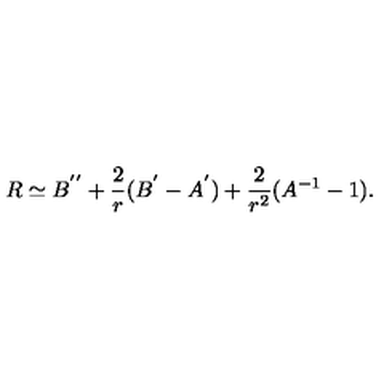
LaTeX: R \simeq B ^ { ' ^ { \prime } } + \frac { 2 } { r } ( B ^ { ' } - A ^ { ' } ) + \frac { 2 } { r ^ { 2 } } ( A ^ { - 1 } - 1 ) .